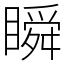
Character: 瞬